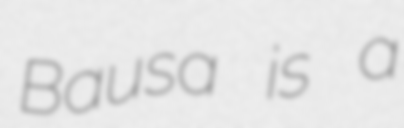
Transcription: Bausa is a